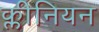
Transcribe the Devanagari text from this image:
क्लीनियन